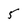
Character: 5